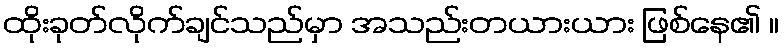
ထိုးခုတ်လိုက်ချင်သည်မှာ အသည်းတယားယား ဖြစ်နေ၏ ။